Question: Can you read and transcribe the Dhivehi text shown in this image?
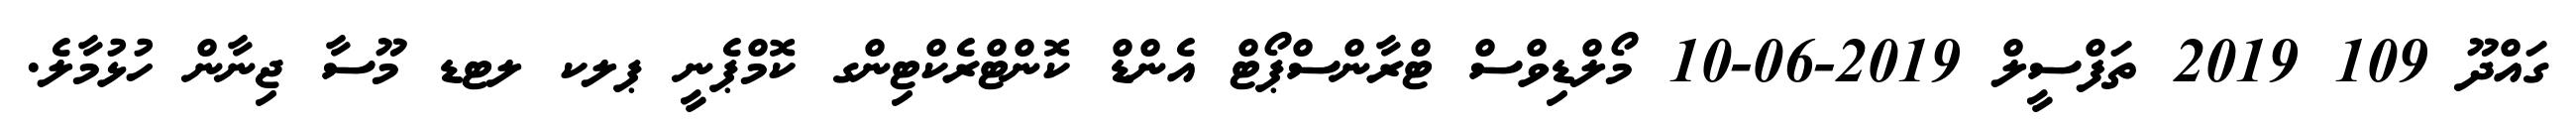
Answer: ގައްދޫ 109 2019 ތަފްސީލް 2019-06-10 މޯލްޑިވްސް ޓްރާންސްޕޯޓް އެންޑް ކޮންޓްރެކްޓިންގ ކޮމްޕެނީ ޕލކ ލޓޑ މޫސާ ޖިނާން ހުޅުމާލެ.